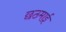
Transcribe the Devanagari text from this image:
छठमाई